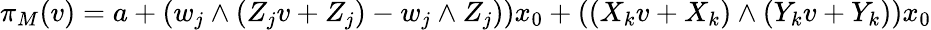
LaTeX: \pi_{M}(v)=a+(w_{j}\wedge(Z_{j}v+Z_{j})-w_{j}\wedge Z_{j}))x_{0}+((X_{k}v+X_{k})\wedge(Y_{k}v+Y_{k}))x_{0}